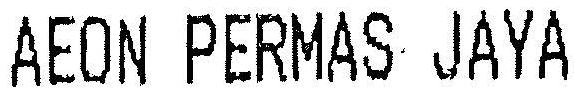
AEON PERMAS JAYA